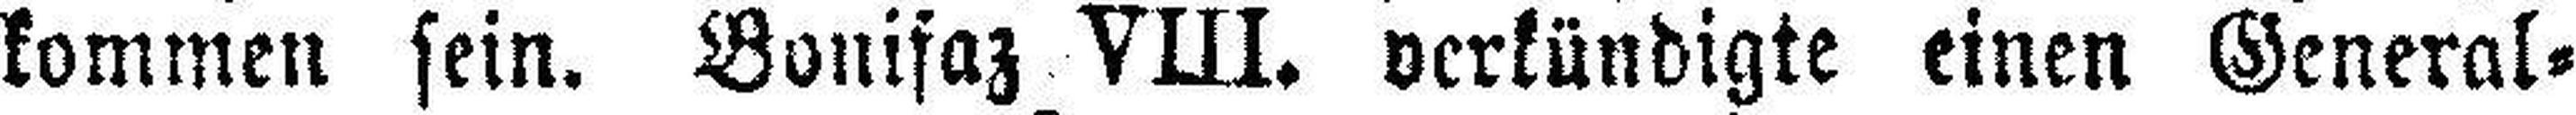
kommen sein. Bonifaz VIII. verkündigte einen General=